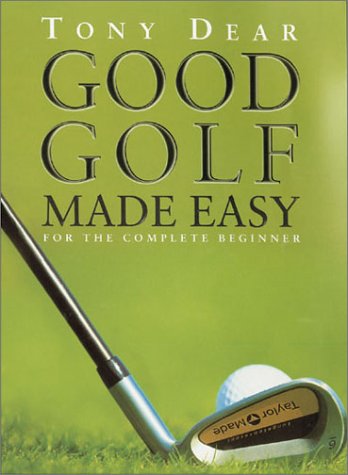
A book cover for Good Golf Made Easy: For the Complete Beginner; Tony Dear; Sports & Outdoors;